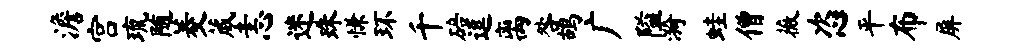
澹宫琉随菱葳恚迷珠慊环千碚逗离咎鸪广隘漪蛙僧薇恣平布屏